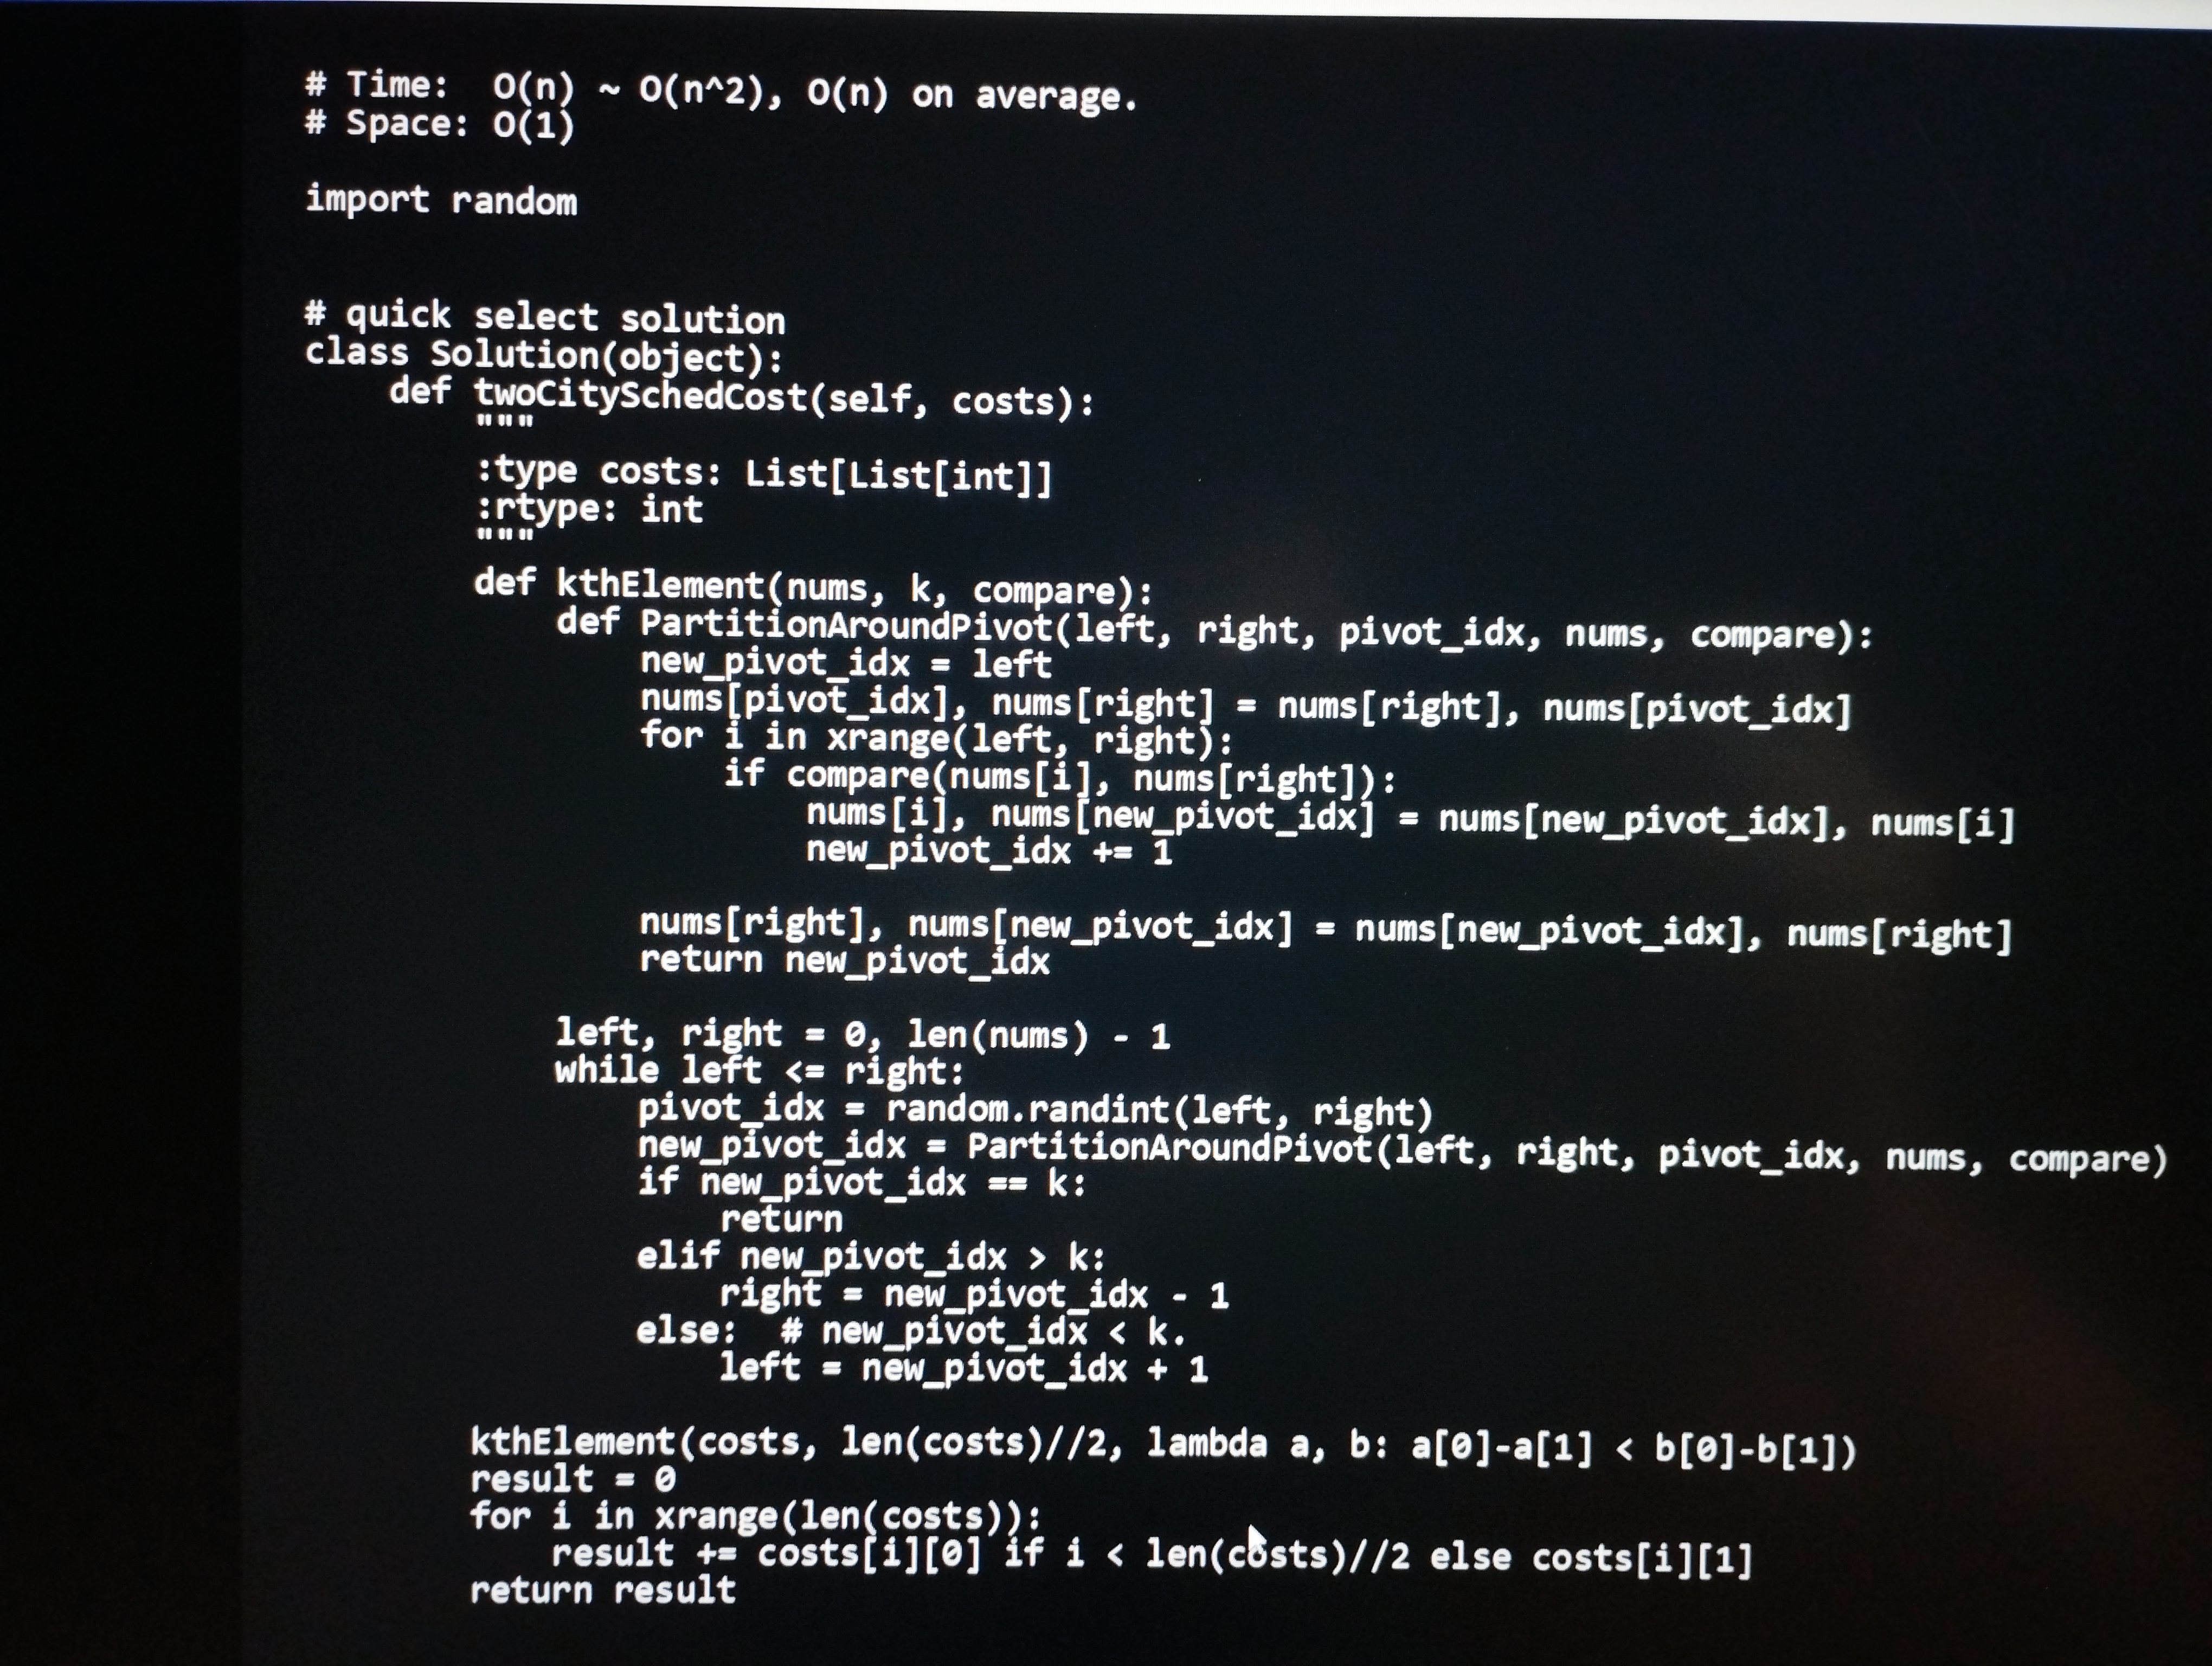
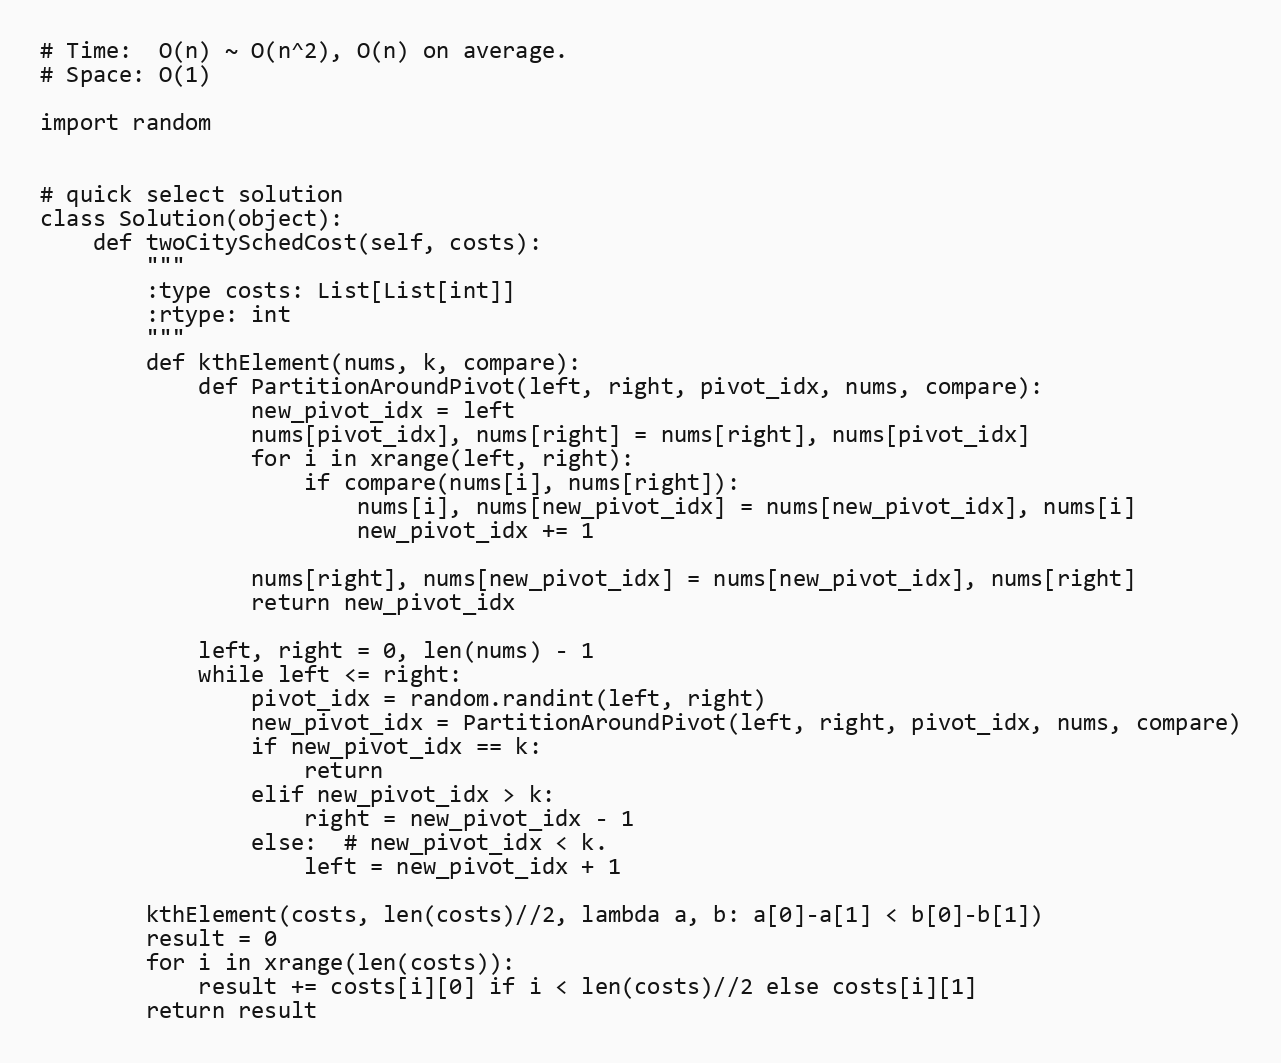
# Time:  O(n) ~ O(n^2), O(n) on average.
# Space: O(1)

import random

# quick select solution
class Solution(object):
    def twoCitySchedCost(self, costs):
        """
        :type costs: List[List[int]]
        :rtype: int
        """
        def kthElement(nums, k, compare):
            def PartitionAroundPivot(left, right, pivot_idx, nums, compare):
                new_pivot_idx = left
                nums[pivot_idx], nums[right] = nums[right], nums[pivot_idx]
                for i in xrange(left, right):
                    if compare(nums[i], nums[right]):
                        nums[i], nums[new_pivot_idx] = nums[new_pivot_idx], nums[i]
                        new_pivot_idx += 1

                nums[right], nums[new_pivot_idx] = nums[new_pivot_idx], nums[right]
                return new_pivot_idx

            left, right = 0, len(nums) - 1
            while left <= right:
                pivot_idx = random.randint(left, right)
                new_pivot_idx = PartitionAroundPivot(left, right, pivot_idx, nums, compare)
                if new_pivot_idx == k:
                    return
                elif new_pivot_idx > k:
                    right = new_pivot_idx - 1
                else:  # new_pivot_idx < k.
                    left = new_pivot_idx + 1

        kthElement(costs, len(costs)//2, lambda a, b: a[0]-a[1] < b[0]-b[1])
        result = 0
        for i in xrange(len(costs)):
            result += costs[i][0] if i < len(costs)//2 else costs[i][1]
        return result